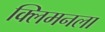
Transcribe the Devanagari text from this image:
क्लिमनला